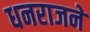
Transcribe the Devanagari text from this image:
धनराजने